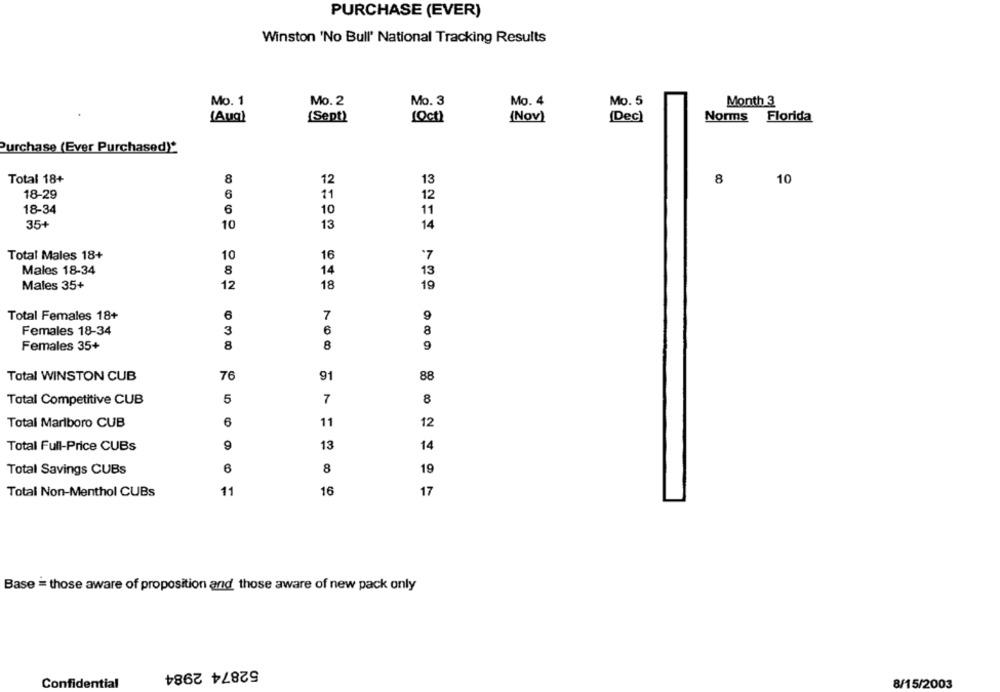
PURCHASE (EVER)
Winston 'No Bull' National Tracking Results
Mo. 1
Mo. 2
Mo. 3
Mo. 4
Mo. 5
Month 3
{Aug)
{Sept)
[Oct)
(Nov)
[Dec)
Norms Florida
Purchase (Ever Purchased)*
Total 18+
8
12
13
8
10
6
18-29
11
12
18-34
6
10
11
35+
10
13
14
Total Males 18+
10
16
'7
8
Malos 18-34
14
13
Males 35+
12
18
19
Total Females 18+
6
7
9
Females 18-34
3
6
8
8
8
Females 35+
9
Total WINSTON CUB
76
91
88
Total Competitive CUB
5
7
8
6
Total Marlboro CUB
11
12
Total Full-Price CUBs
13
14
Total Savings CUBs
6
8
19
16
Total Non-Menthol CUBs
11
17
Base = those aware of proposition and those aware of new pack only
52874 2984
Confidential
8/15/2003